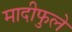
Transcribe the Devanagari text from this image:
मादीफुले